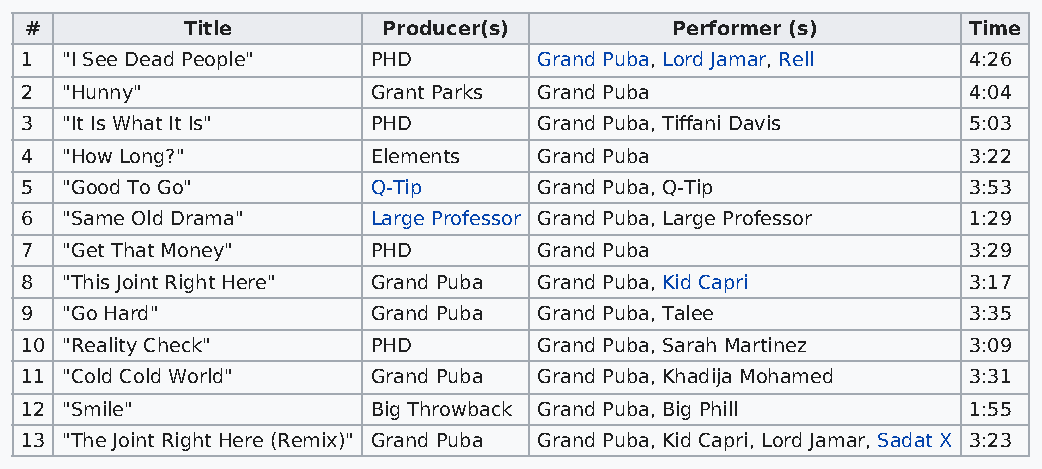
#         Title        Producer(s)        Performer (s)       Time
 1  "I See Dead People"  PHD        Grand Puba, Lord Jamar, Rell 4:26
 2  "Hunny"              Grant Parks Grand Puba                 4:04
 3  "It Is What It Is"   PHD        Grand Puba, Tiffani Davis   5:03
 4  "How Long?"          Elements   Grand Puba                  3:22
 5  "Good To Go"         Q-Tip      Grand Puba, Q-Tip           3:53
 6  "Same Old Drama"     Large Professor Grand Puba, Large Professor 1:29
 7  "Get That Money"     PHD        Grand Puba                  3:29
 8  "This Joint Right Here" Grand Puba Grand Puba, Kid Capri    3:17
 9  "Go Hard"            Grand Puba Grand Puba, Talee           3:35
 10 "Reality Check"      PHD        Grand Puba, Sarah Martinez  3:09
 11 "Cold Cold World"    Grand Puba Grand Puba, Khadija Mohamed 3:31
 12 "Smile"              Big Throwback Grand Puba, Big Phill    1:55
 13 "The Joint Right Here (Remix)" Grand Puba Grand Puba, Kid Capri, Lord Jamar, Sadat X 3:23